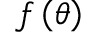
f \left( \theta \right)